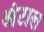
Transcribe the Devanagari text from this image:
अंटाल